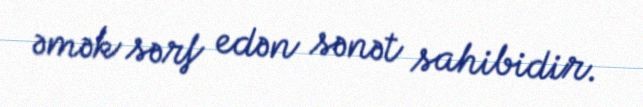
əmək sərf edən sənət sahibidir.